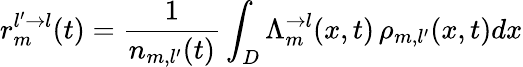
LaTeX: r_{m}^{l^{\prime}\rightarrow l}(t)=\frac{1}{n_{m,l^{\prime}}(t)}\int_{D}\Lambda_{m}^{\rightarrow l}(x,t)\, \rho_{m,l^{\prime}}(x,t)dx